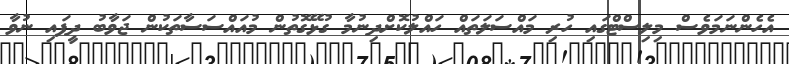
އެހެންނަމަވެސް މިލިސްޓްގައި ހުރި މައްސަލަތައް ހައްލުކޮށްދިނުމާ ގުޅޭގޮތުން މުއައްސަސާތަކުން ޖަވާބު ދީފައި ނުވާ